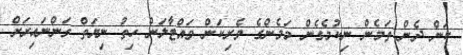
ކަން ދެން ތަމެން ނިކުމެގެން މަމެންގެ ވެރިކަން ވައްޓާލަން ހިތު ނިޔަތް ގަންނައިރަށް